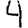
Digit: 4